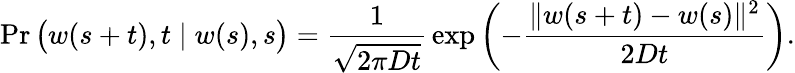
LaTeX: \operatorname*{Pr}{\big(}w(s+t),t\mid w(s),s{\big)}={\frac{1}{\sqrt{2\pi Dt}}}\exp\left(-{\frac{\| w(s+t)-w(s)\| ^{2}}{2Dt}}\right).